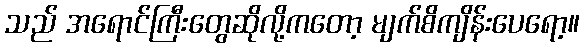
သည် အရောင်ကြီးတွေဆိုလို့ကတော့ မျက်စိကျိန်းပေရော့။